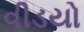
વીડયો